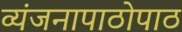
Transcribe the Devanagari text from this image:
व्यंजनापाठोपाठ